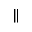
\parallel